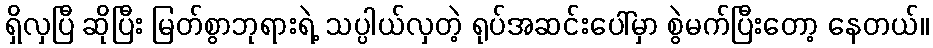
ရှိလှပြီ ဆိုပြီး မြတ်စွာဘုရားရဲ့ သပ္ပါယ်လှတဲ့ ရုပ်အဆင်းပေါ်မှာ စွဲမက်ပြီးတော့ နေတယ်။